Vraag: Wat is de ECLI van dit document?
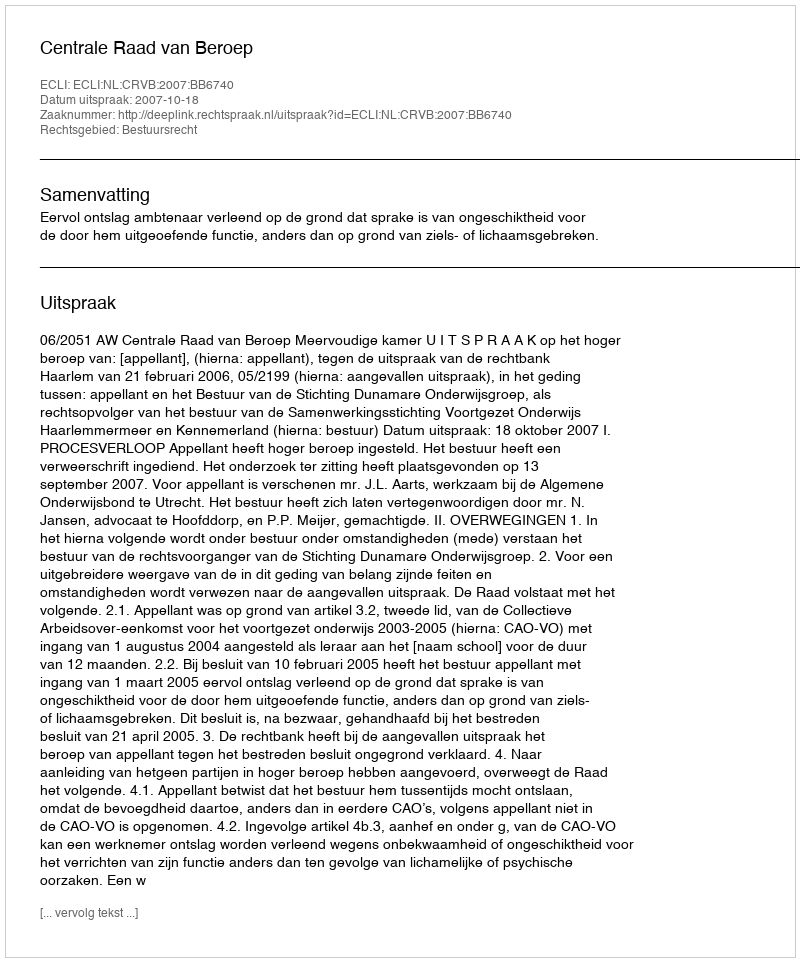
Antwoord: ECLI:NL:CRVB:2007:BB6740